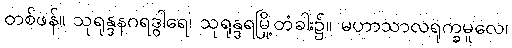
တစ်ဖန်။ သုရုန္ဒနဂရဒွါရေ၊ သုရုန္ဒရမြို့တံခါး၌။ မဟာသာလရုက္ခမူလေ၊